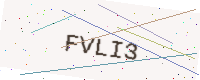
Text: FVLI3